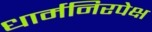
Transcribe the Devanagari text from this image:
धार्मनिरपेक्ष